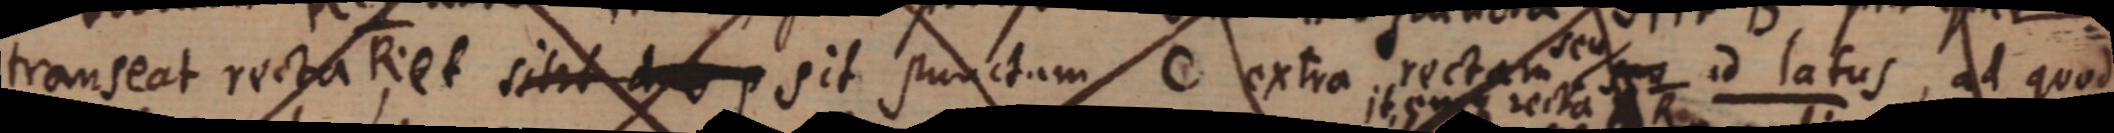
transeat recta R et sitit duo p sit punctum C extra rectam seu id latus, ad quod